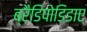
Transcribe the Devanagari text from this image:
ब्रैडिपोडिडाए